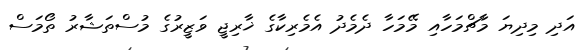
އަދި މިދިޔަ މާޗްމަހާއި މޭމަހާ ދެމެދު އެމެރިކާގެ ޚާރިޖީ ވަޒީރުގެ މުސްތަޝާރު ތޯމަސް